65_HS1-834228961_62-HQ-83894_Section_5
Agency: FBI
Page 12
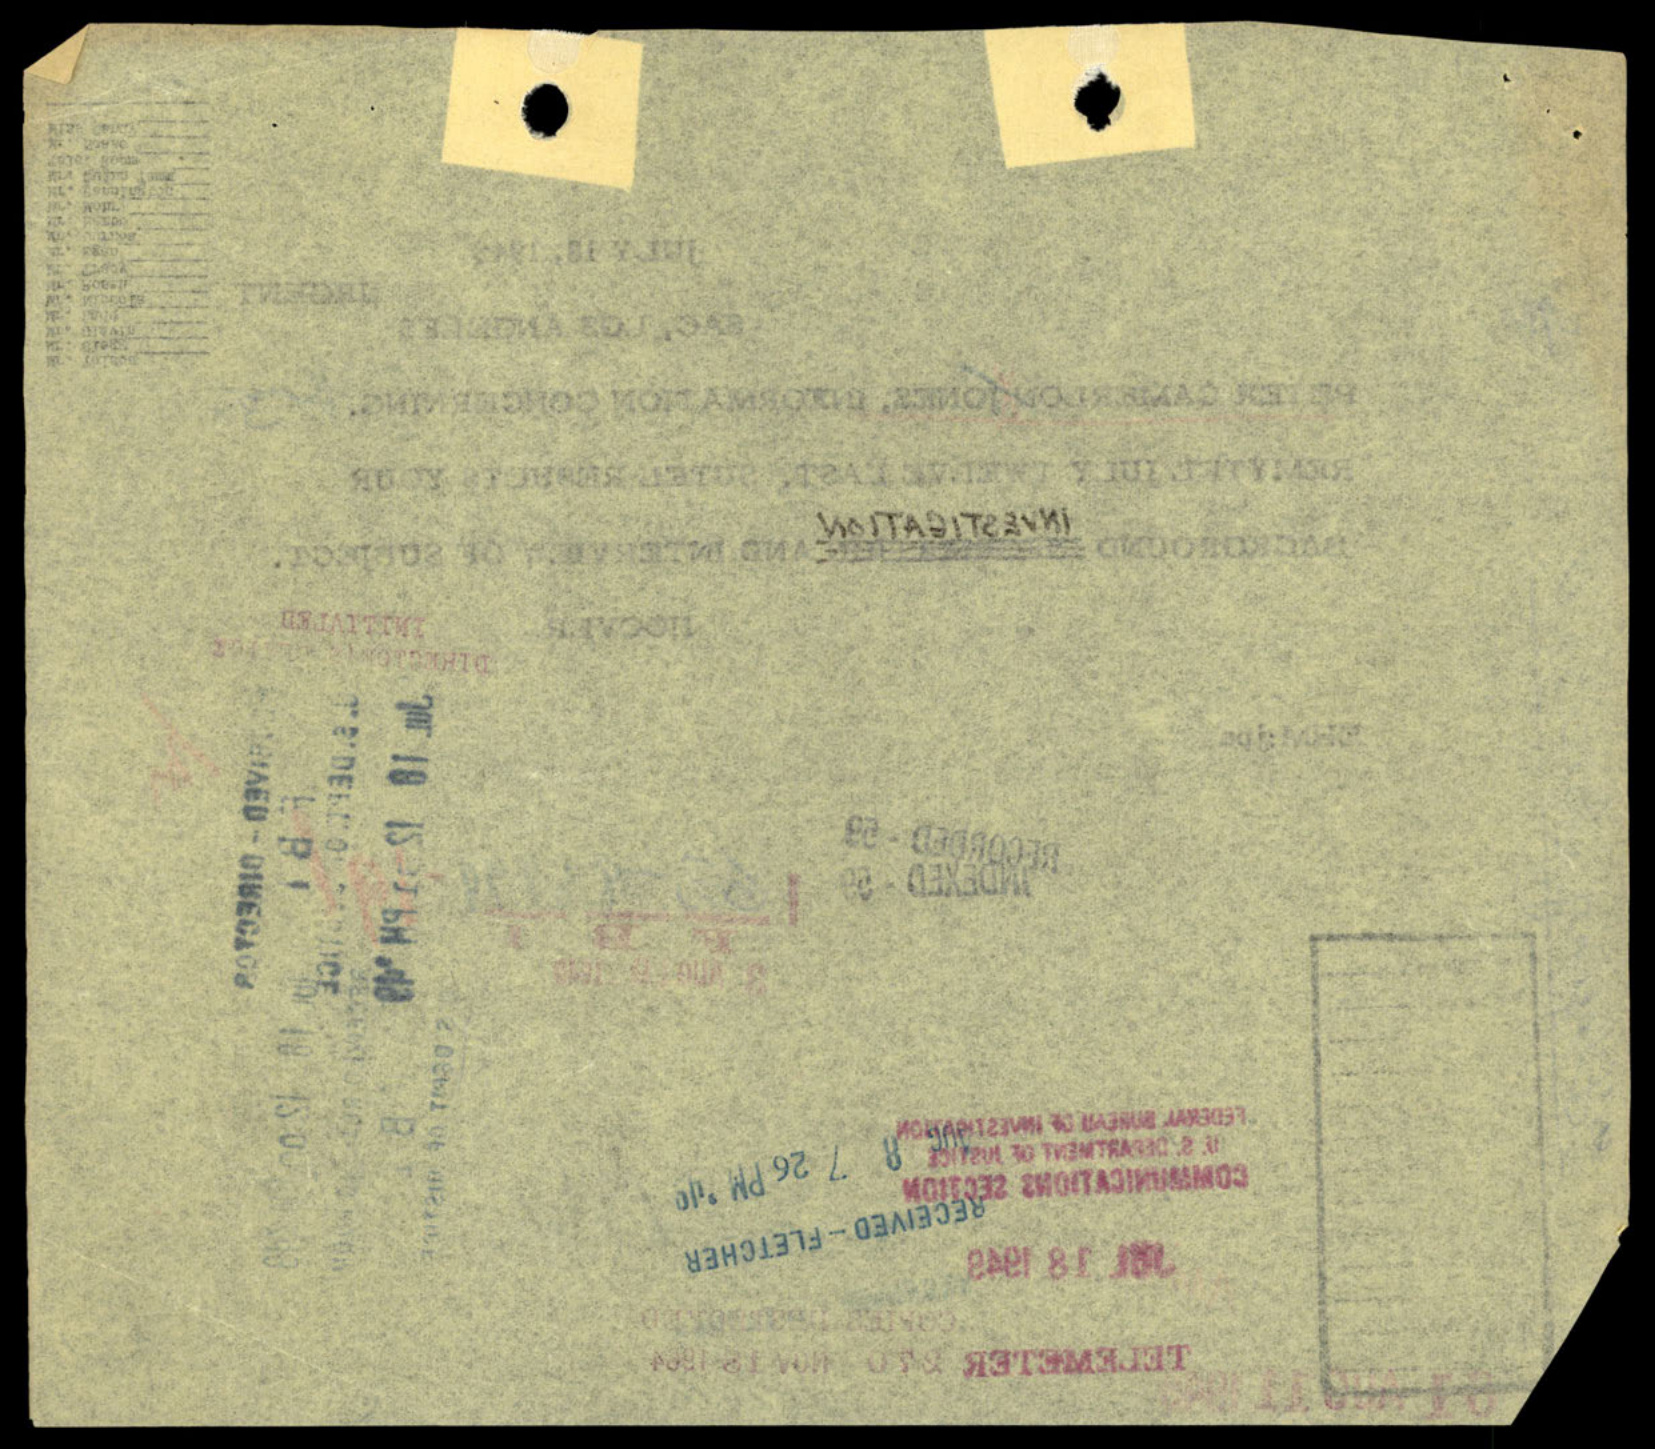